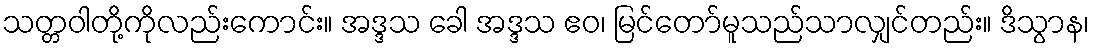
သတ္တဝါတို့ကိုလည်းကောင်း။ အဒ္ဒသ ခေါ အဒ္ဒသ ဧဝ၊ မြင်တော်မူသည်သာလျှင်တည်း။ ဒိသွာန၊